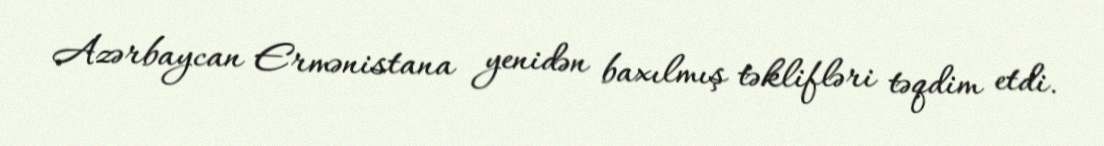
Azərbaycan Ermənistana yenidən baxılmış təklifləri təqdim etdi.